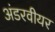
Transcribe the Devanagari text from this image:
अंडरवीयर